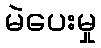
မဲပေးမှု